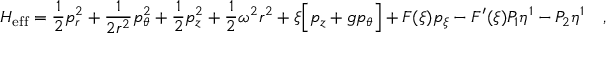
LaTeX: H _ { \mathrm { e f f } } = \frac { 1 } { 2 } p _ { r } ^ { 2 } + \frac { 1 } { 2 r ^ { 2 } } p _ { \theta } ^ { 2 } + \frac { 1 } { 2 } p _ { z } ^ { 2 } + \frac { 1 } { 2 } \omega ^ { 2 } r ^ { 2 } + \xi \Big [ p _ { z } + g p _ { \theta } \Big ] + F ( \xi ) p _ { \xi } - F ^ { \prime } ( \xi ) { \cal P } _ { 1 } \eta ^ { 1 } - { \cal P } _ { 2 } \eta ^ { 1 } \ \ \ ,